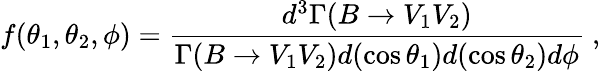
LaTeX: f(\theta_{1},\theta_{2},\phi)=\frac{d^{3}\Gamma(B\rightarrow V_{1}V_{2})}{\Gamma(B\rightarrow V_{1}V_{2})d{(\cos\theta_{1})}d{(\cos\theta_{2})}d\phi}\ ,